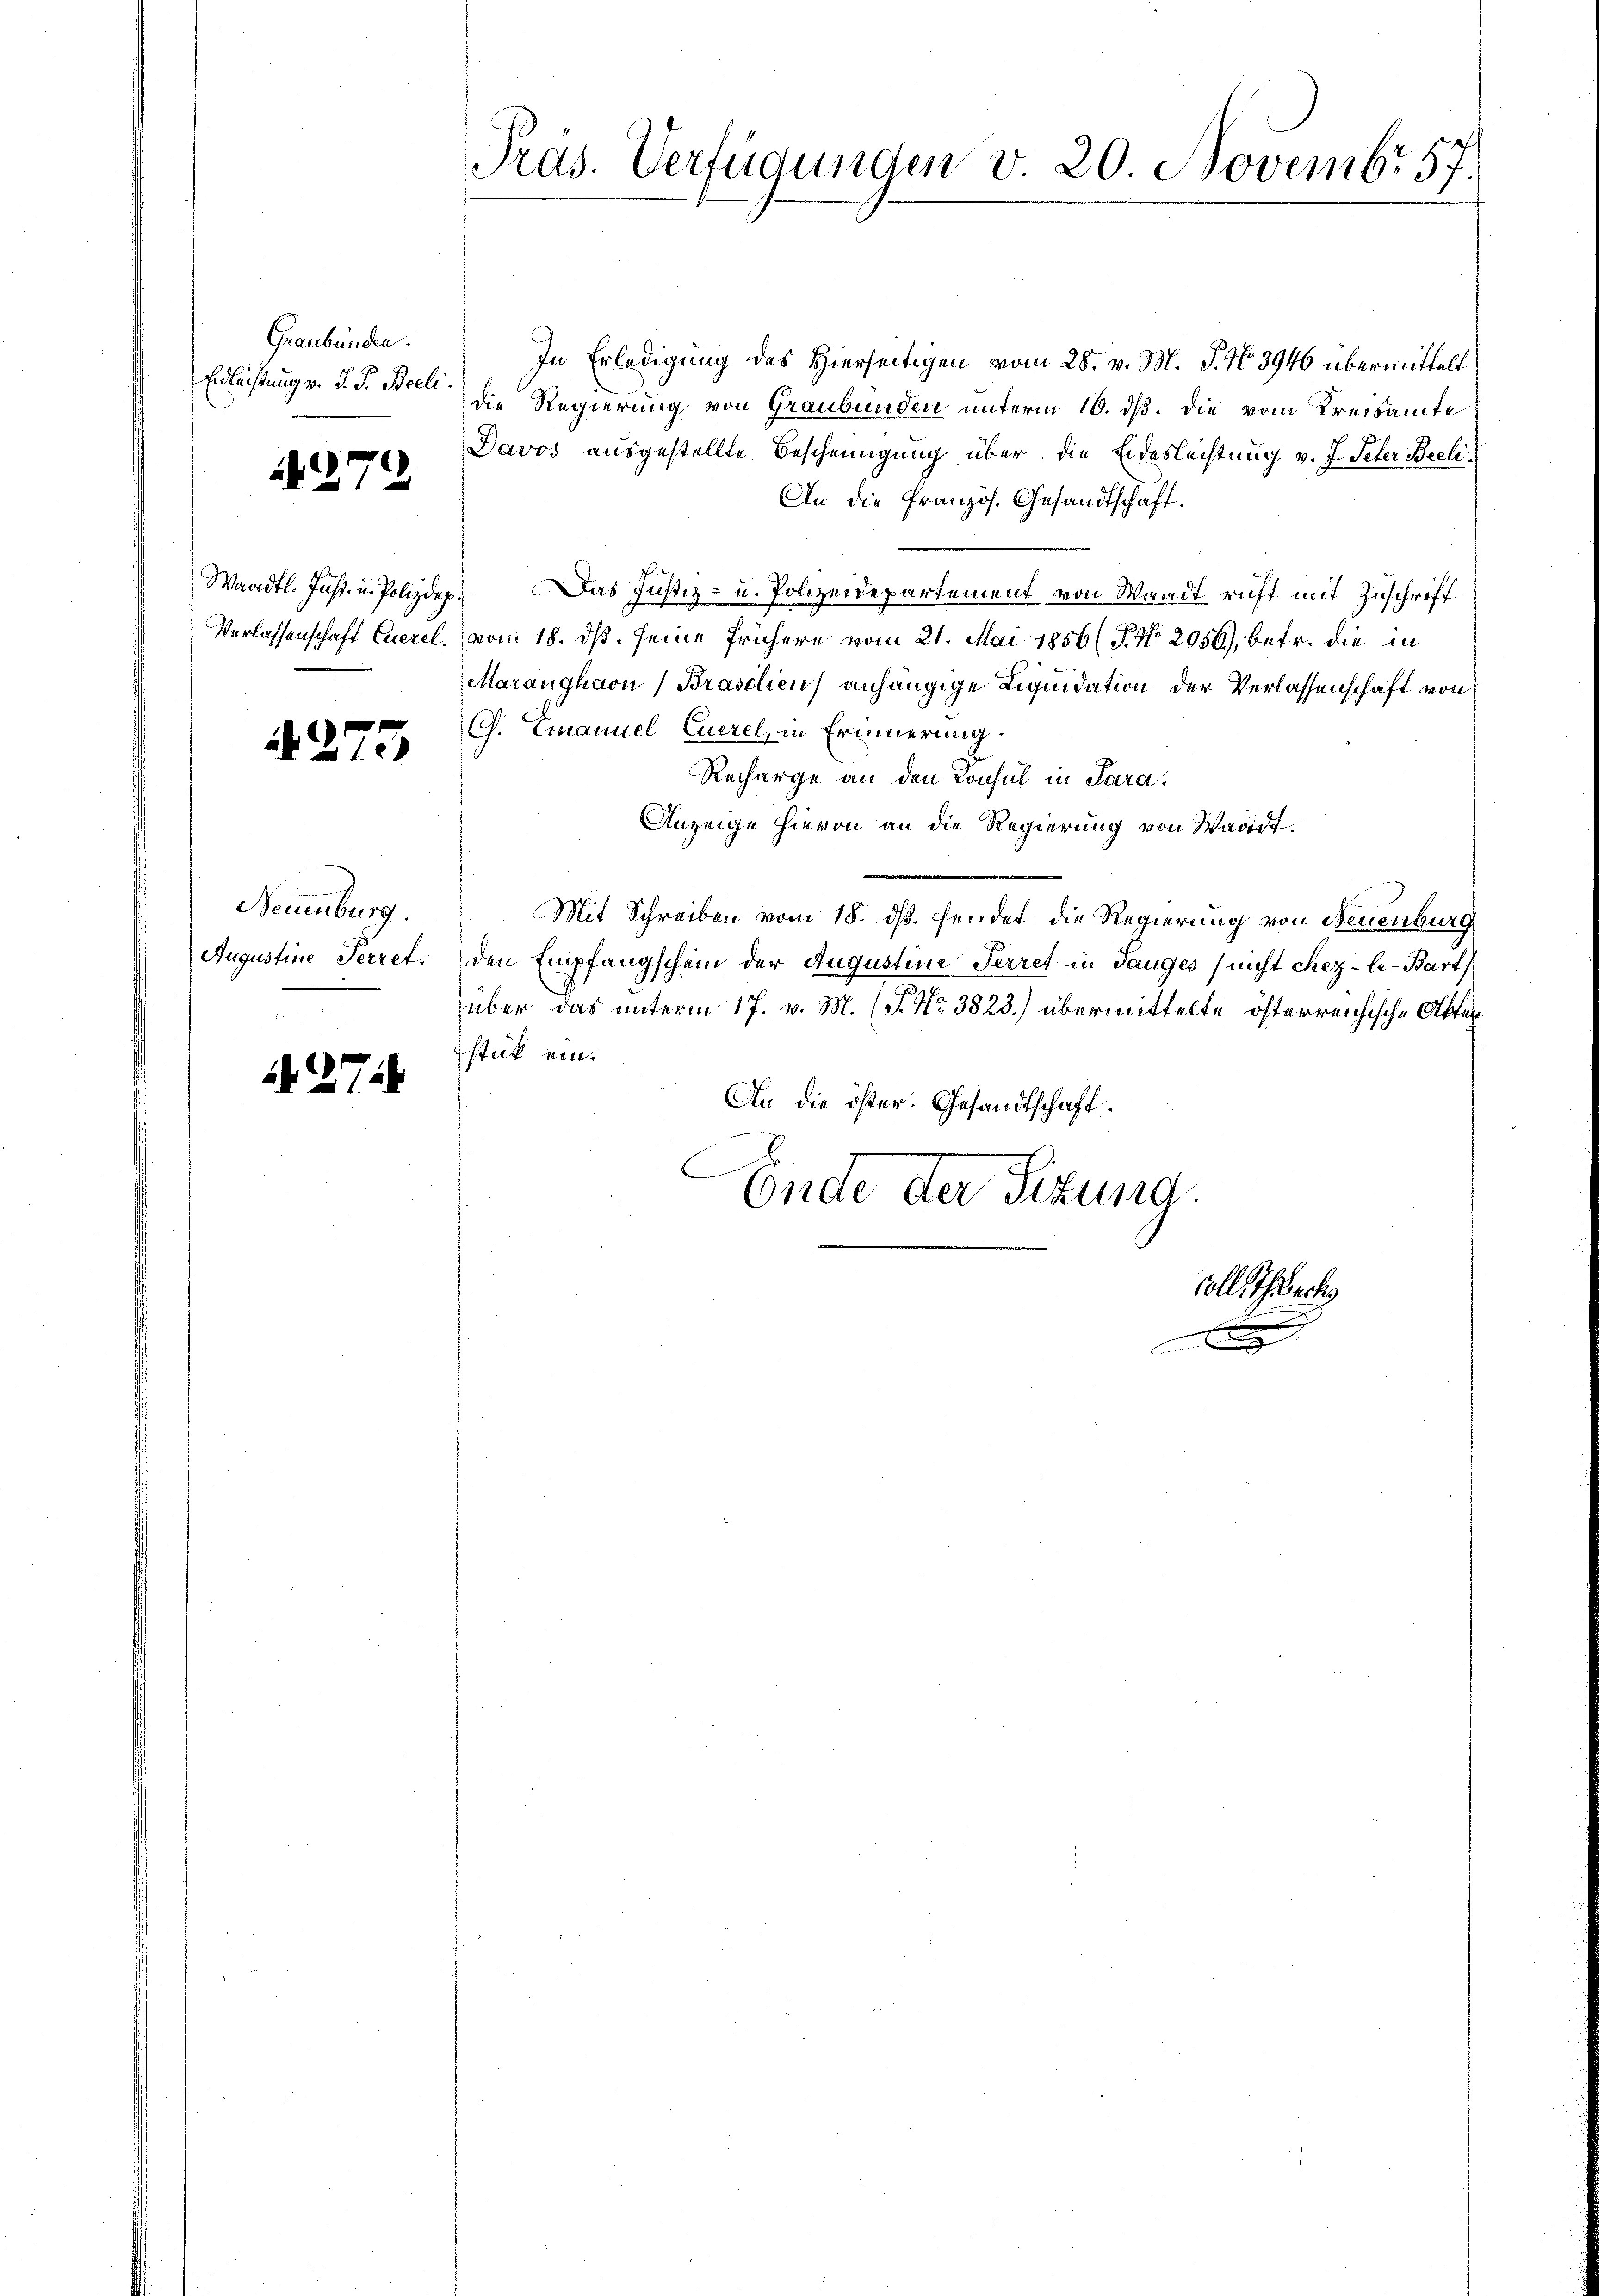
Graubünden.
Endlichtung v. J. J. Beeli.

71

Waadt. Fußt. u. Polizdep

1
1

Neuenburg.
Augustine Perret.

if. 274

In Erledigung des Hierseitigen vom 28. v. M. J. No. 3946 übermittelt
die Regierung von Graubünden unterm 16. ds. die vom Kreisamte
Davos ausgestellte Bescheinigung über die Eidesleistung v. J. Peter Beeli¬
An die Französ. Gesandtschaft.
Das Justiz- u. Polizeidepartement von Waadt ruft mit Zuschrift
Verlassenschaft Euerel. vom 18. ds. seine frühere vom 21. Mai 1856 (P No 2056), betr. die in
Maranghaon Brasilien) anhängige Liquidation der Verlassenschaft von
C. Emanuel Euerel, in Erinnerung.
Recharge an den Konsul in Sara.
Anzeige hievon an die Regierung von Waadt.
Mit Schreiben vom 18. ds. sendet die Regierung von Neuenburg
den Empfangschein der Augustine Perret in Tauges (nicht chez-le-Bart
über das unterm 17. v. M. (T. Nr. 3823.) übermittelte österreichische Akten
stück ein¬
An die öster. Gesandtschaft.

Ende der Sitzung
soll Thalrech
e
n

Präs. Verfügungen v. 20 Novembr 57.